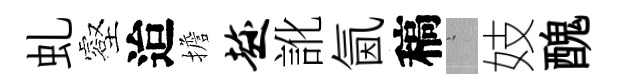
虬壑迨擔趁訛氤稿搖妓醜